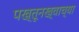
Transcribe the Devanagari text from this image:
पख्तूनख्वाच्या